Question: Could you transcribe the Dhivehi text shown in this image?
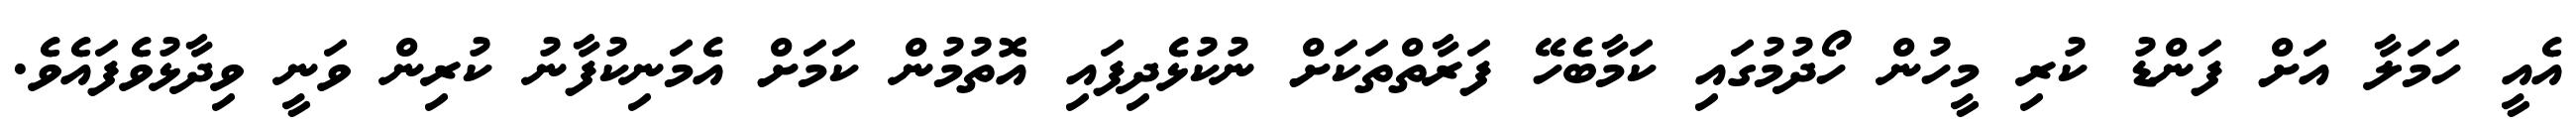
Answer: އެއީ ހަމަލާ އަށް ފަންޑު ކުރި މީހުން ހޯދުމުގައި ކަމާބެހޭ ފަރާތްތަކަށް ނުކުޅެދިފައި އޮތުމުން ކަމަށް އެމަނިކުފާނު ކުރިން ވަނީ ވިދާޅުވެފައެވެ.